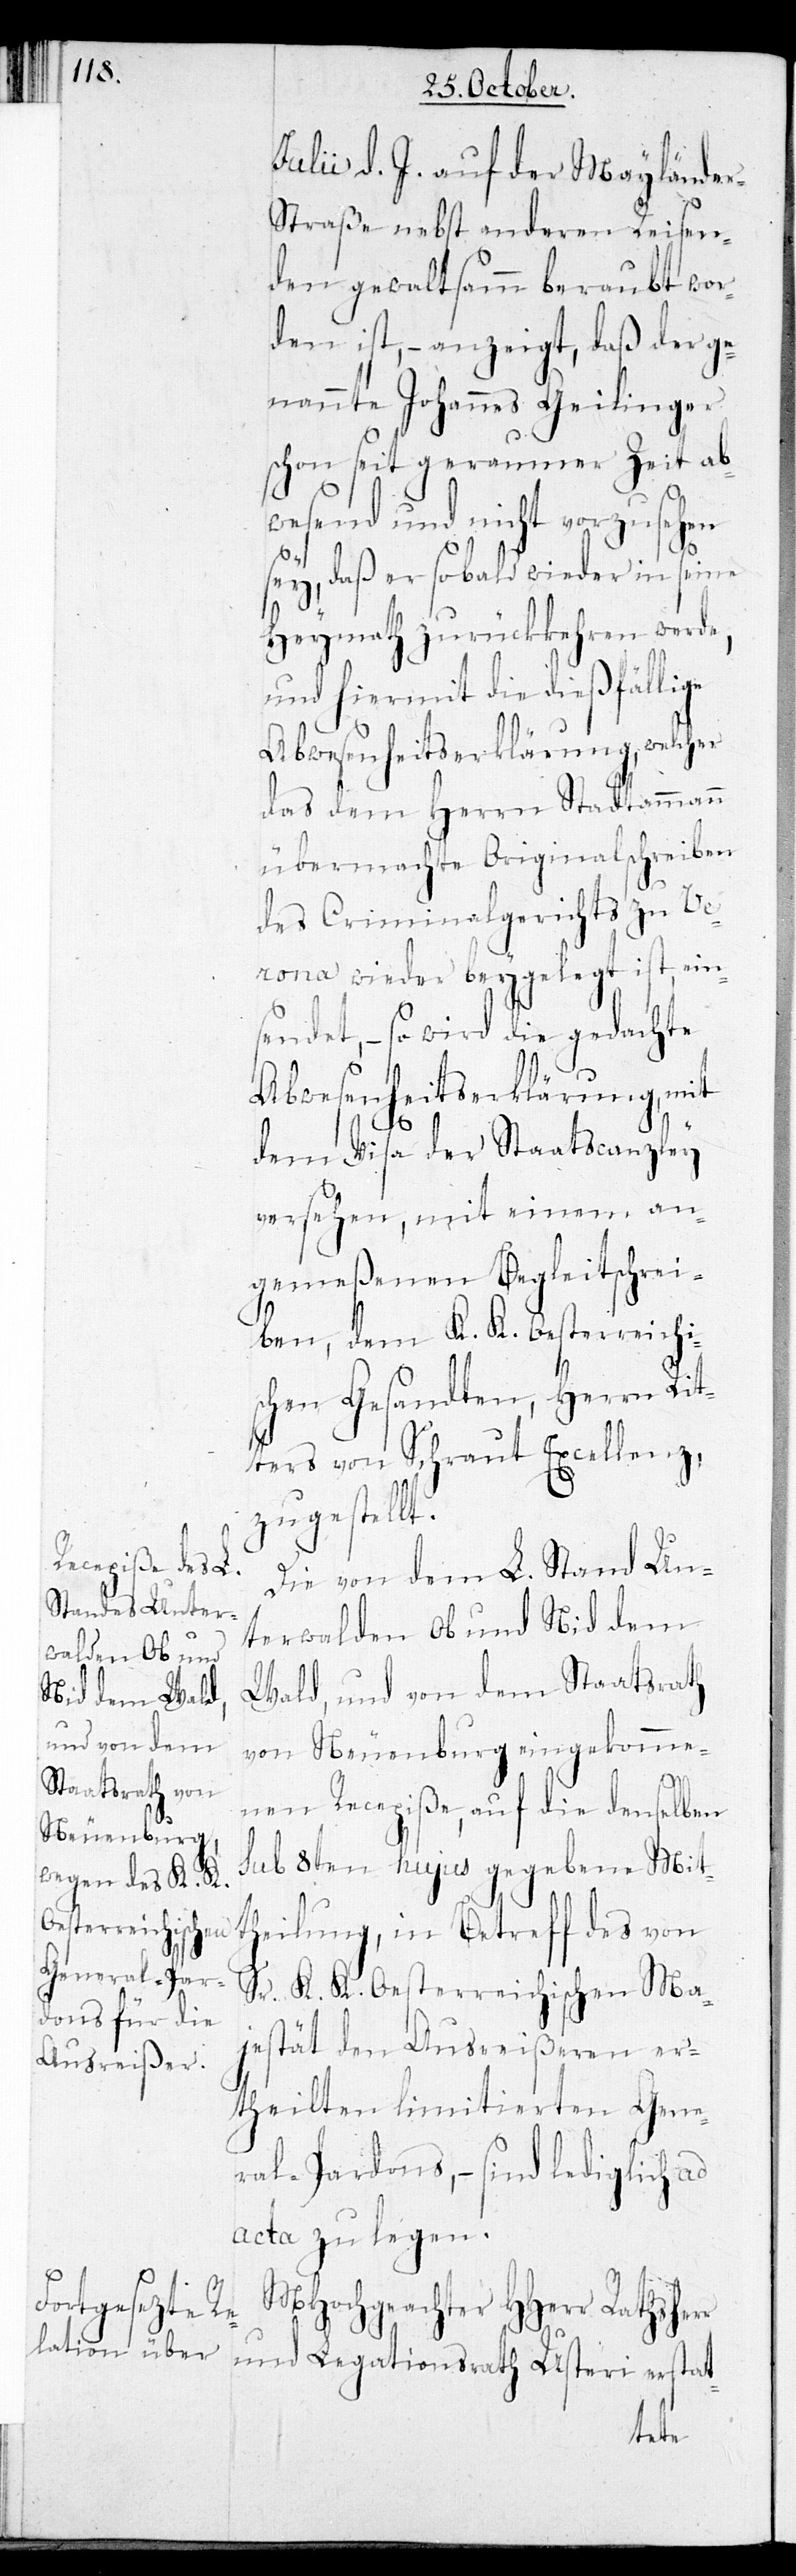
r

Julii d. J. auf der Maylände¬
traße nebst anderen Reisen¬
den gewaltsamm beraubt wor¬
den ist, – anzeigt, daß der ge¬
nannte Johannes Geilinger
schon seit geraumer Zeit ab¬
wesend und nicht vorzusehen
sey, daß er so bald wieder in seine
Heymath zurückkehren werde,
und hiermit die dießfällige
Abwesenheitserklärung, welcher
das dem Herrn Stadtammann
übermachte Originalschreiben
des Criminalgerichts zu Ve¬
rona wieder beygelegt ist, ein¬
sendet, – so wird die gedachte
Abwesenheitserklärung, mit
r-S¬
dem Visa der Staatscanzley
versehen, mit einem an¬
gemeßenen Begleitschrei¬
ben, dem K. K. Oesterreichis¬
chen Gesandten, Herrn Rit¬
ters von Schraut Excellenz,
zugestellt.
Die von dem L. Stand Un¬
terwalden Ob und Nid dem
Wald, und von dem Staatsrath
von Neuenburg eingekomme¬
nen Recepiße, auf die denselben
sub 8ten hujus gegebene Mit¬
theilung, in Betreff des von
Sr. K. K. Oesterreichischen Ma¬
jestät den Ausreißeren er¬
theilten limitierten Gene¬
ral-Pardons, – sind lediglich ad
acta zu legen.
MHochgeachter HHerr Rathsher¬
und Legationsrath Usteri erstat-